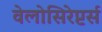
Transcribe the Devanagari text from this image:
वेलोसिरेप्टर्स